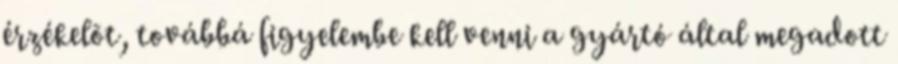
érzékelõt, továbbá figyelembe kell venni a gyártó által megadott